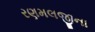
રણમલજીના